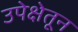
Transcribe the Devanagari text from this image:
उपेक्षेतून